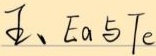
五、$Ea$与$Te$